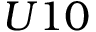
{ U 1 0 }